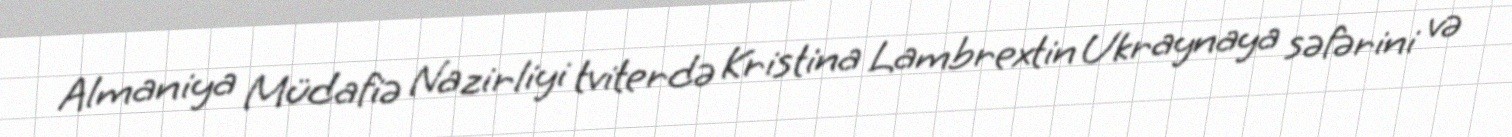
Almaniya Müdafiə Nazirliyi tviterdə Kristina Lambrextin Ukraynaya səfərini və